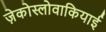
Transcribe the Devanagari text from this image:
ज़ेकोस्लोवाकियाई